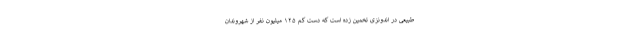
طبیعی در اندونزی تخمین زده است که دست کم ۱۲۵ میلیون نفر از شهروندان